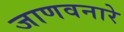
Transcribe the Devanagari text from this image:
जाणवनारे